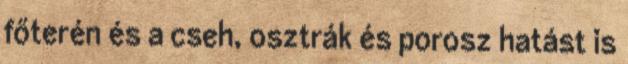
főterén és a cseh, osztrák és porosz hatást is